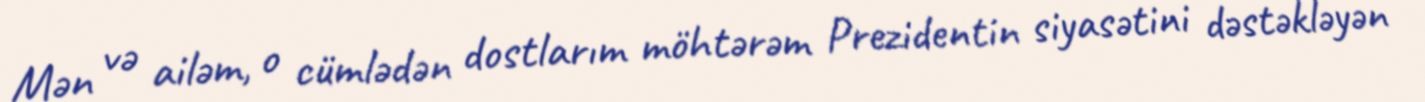
Mən və ailəm, o cümlədən dostlarım möhtərəm Prezidentin siyasətini dəstəkləyən